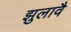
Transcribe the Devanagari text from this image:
झुलावै